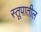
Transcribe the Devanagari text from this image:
स्तूपातील